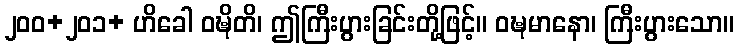
၂၀၀+၂၀၁+ ဟိခေါ ဝဍ္ဎိတိ၊ ဤကြီးပွားခြင်းတို့ဖြင့်။ ဝဍ္ဎမာနော၊ ကြီးပွားသော။